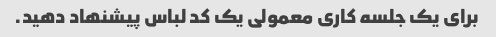
برای یک جلسه کاری معمولی یک کد لباس پیشنهاد دهید.